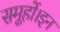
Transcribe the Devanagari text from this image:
समूहों।इन